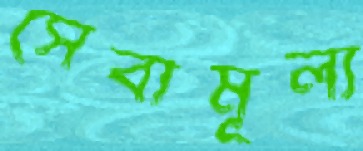
সেবামূল্য